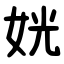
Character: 姯